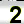
Digit: 2